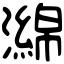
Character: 𤁗